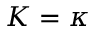
K = \kappa